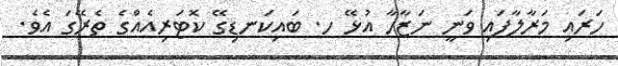
ހަރައި މަރާލާފައި ވަނީ ނަޒާހާ އުޅޭ ހ. ބައިކަނޑިގޭ ކޮޓަރިއެއްގެ ތެރޭގަ އެވެ.